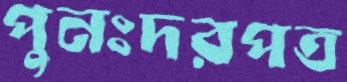
পুনঃদরপত্র